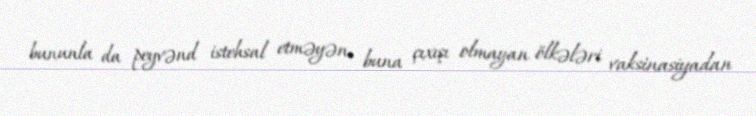
bununla da peyvənd istehsal etməyən, buna çıxışı olmayan ölkələri vaksinasiyadan